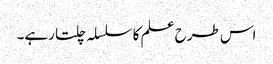
اس طرح علم کا سلسلہ چلتا رہے۔